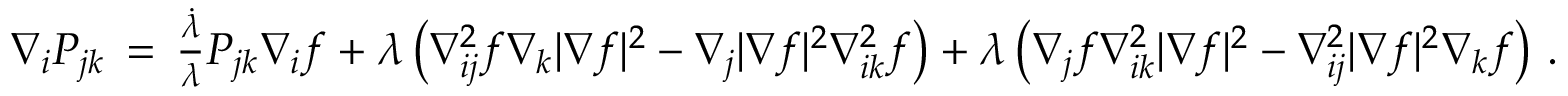
\begin{array} { r } { \nabla _ { i } P _ { j k } \, = \, \frac { \dot { \lambda } } { \lambda } P _ { j k } \nabla _ { i } f + \lambda \left( \nabla _ { i j } ^ { 2 } f \nabla _ { k } | \nabla f | ^ { 2 } - \nabla _ { j } | \nabla f | ^ { 2 } \nabla _ { i k } ^ { 2 } f \right) + \lambda \left( \nabla _ { j } f \nabla _ { i k } ^ { 2 } | \nabla f | ^ { 2 } - \nabla _ { i j } ^ { 2 } | \nabla f | ^ { 2 } \nabla _ { k } f \right) \, . } \end{array}